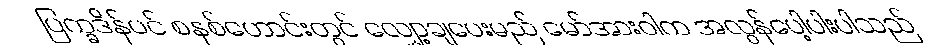
ပြက္ခဒိန်ပင် စနစ်ဟောင်းတွင် လျှော့ချပေးမည် မော်အားဝါက အလွန်ပေါ့ပါးပါသည်